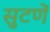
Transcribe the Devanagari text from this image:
सुटणें